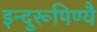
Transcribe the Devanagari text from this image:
इन्दुरूपिण्यै